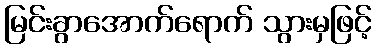
မြင်းခွာအောက်ရောက် သွားမှဖြင့်